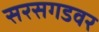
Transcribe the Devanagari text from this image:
सरसगडवर